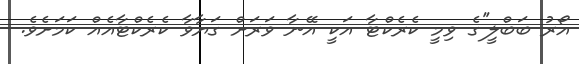
އޯރު ބަބްލީ''ގެ ވިމީ ކެރެކްޓާ އަކީ އޭނާ ވަރަށް ގަޔާވާ ކެރެކްޓާއެއް ކަމަށެވެ.